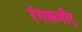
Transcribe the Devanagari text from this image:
रंगकमीर्